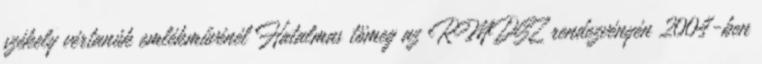
székely vértanúk emlékművénél Hatalmas tömeg az RMDSZ rendezvényén 2004-ben